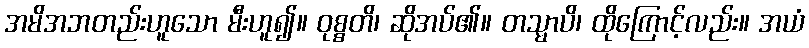
အမိအဘတည်းဟူသော မီးဟူ၍။ ဝုစ္စတိ၊ ဆိုအပ်၏။ တသ္မာပိ၊ ထိုကြောင့်လည်း။ အယံ